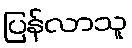
ပြန်လာသူ